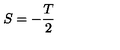
S = - \frac T 2